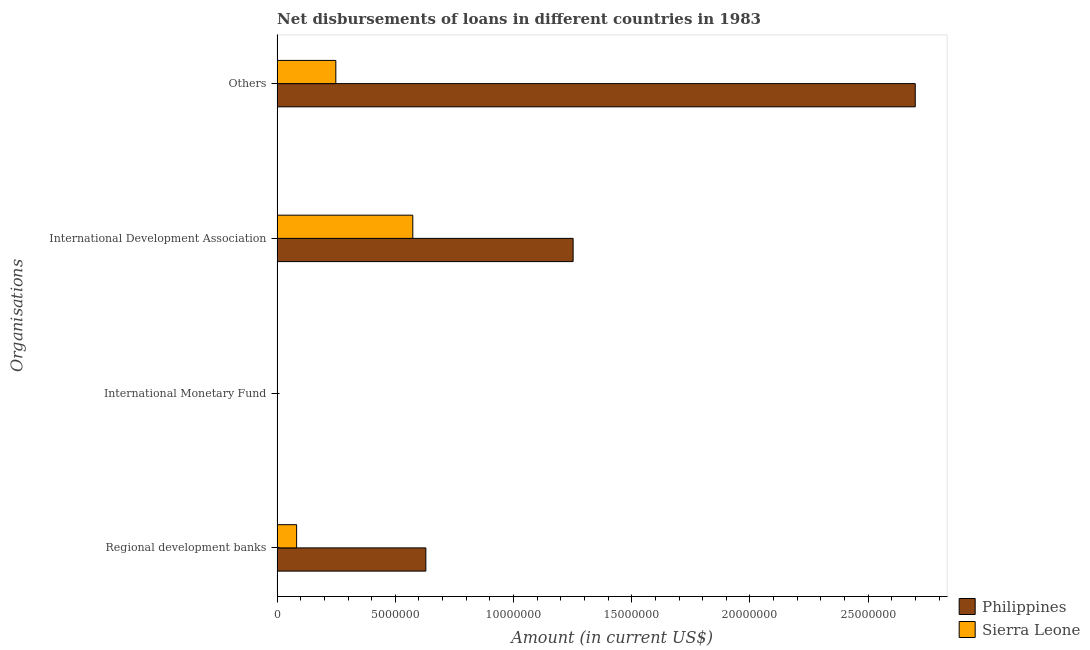
| Organisations | Philippines | Sierra Leone |
 | --- | --- | --- |
 | Regional development banks | 6.29e+06 | 8.25e+05 |
 | International Monetary Fund | -4.64e+06 | -8.55e+05 |
 | International Development Association | 1.25e+07 | 5.74e+06 |
 | Others | 2.7e+07 | 2.48e+06 |